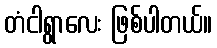
တံငါရွာလေး ဖြစ်ပါတယ်။